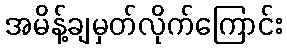
အမိန့်ချမှတ်လိုက်ကြောင်း